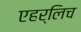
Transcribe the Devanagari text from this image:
एहर्लिच